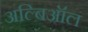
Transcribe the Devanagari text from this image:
अल्बिऑल